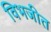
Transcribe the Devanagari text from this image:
विभजीत